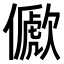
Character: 𠐀